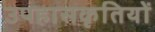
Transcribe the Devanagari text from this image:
उपहासकृतियों